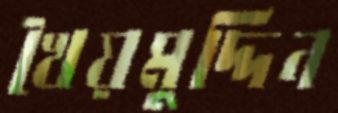
খৈয়মুদ্দিন